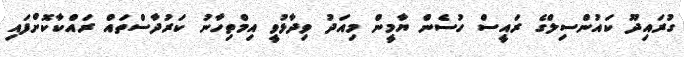
ގުރައިދޫ ކައުންސިލްގެ ރައީސް ހުސެން ޔާމީން މިއަދު ވިދާޅުވީ އިމްތިހާނު ކަރުދާސްތައް ރައްކާކޮށްފައި